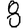
Digit: 8